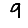
Digit: 9